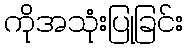
ကိုအသုံးပြုခြင်း